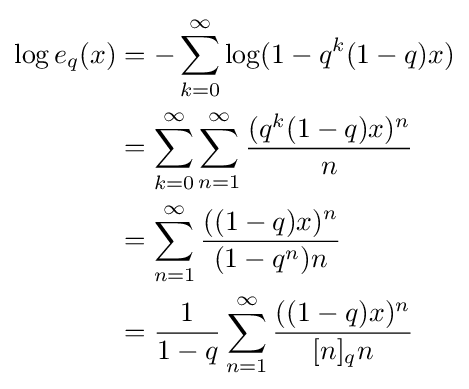
{\begin{aligned}\log e_{q}(x)&=-\sum _{k=0}^{\infty }\log(1-q^{k}(1-q)x)\\&=\sum _{k=0}^{\infty }\sum _{n=1}^{\infty }{\frac {(q^{k}(1-q)x)^{n}}{n}}\\&=\sum _{n=1}^{\infty }{\frac {((1-q)x)^{n}}{(1-q^{n})n}}\\&={\frac {1}{1-q}}\sum _{n=1}^{\infty }{\frac {((1-q)x)^{n}}{[n]_{q}n}}\end{aligned}}